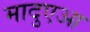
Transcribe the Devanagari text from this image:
मादुएआ